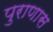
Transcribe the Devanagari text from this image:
पुराणास